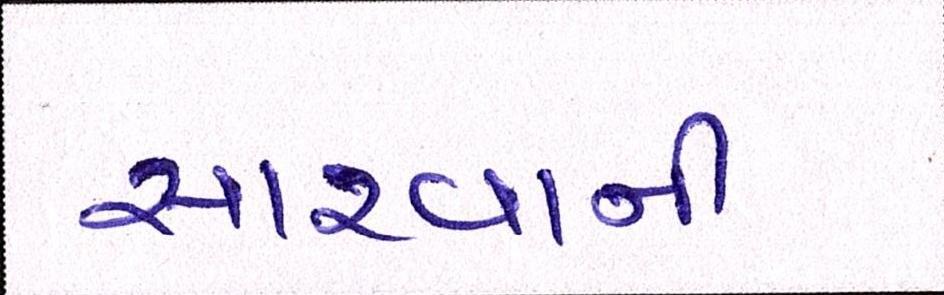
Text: સારવાની